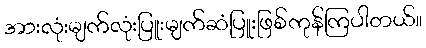
အားလုံးမျက်လုံးပြူးမျက်ဆံပြူးဖြစ်ကုန်ကြပါတယ်။